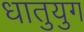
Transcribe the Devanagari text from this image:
धातुयुग